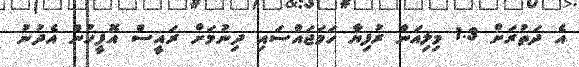
އެ ދަތުރަށް 1.3 މިލިއަން ރުފިޔާ ހަމަޖައްސައި ދިނުމަށް ރައީސް އޮފީހުން އެދުނު